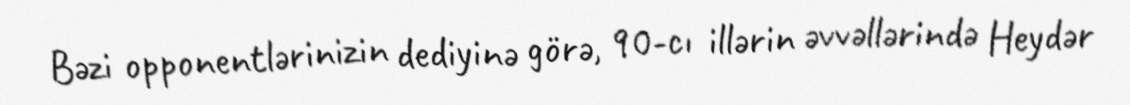
Bəzi opponentlərinizin dediyinə görə, 90-cı illərin əvvəllərində Heydər